Leaving Certificate Examination, 1916
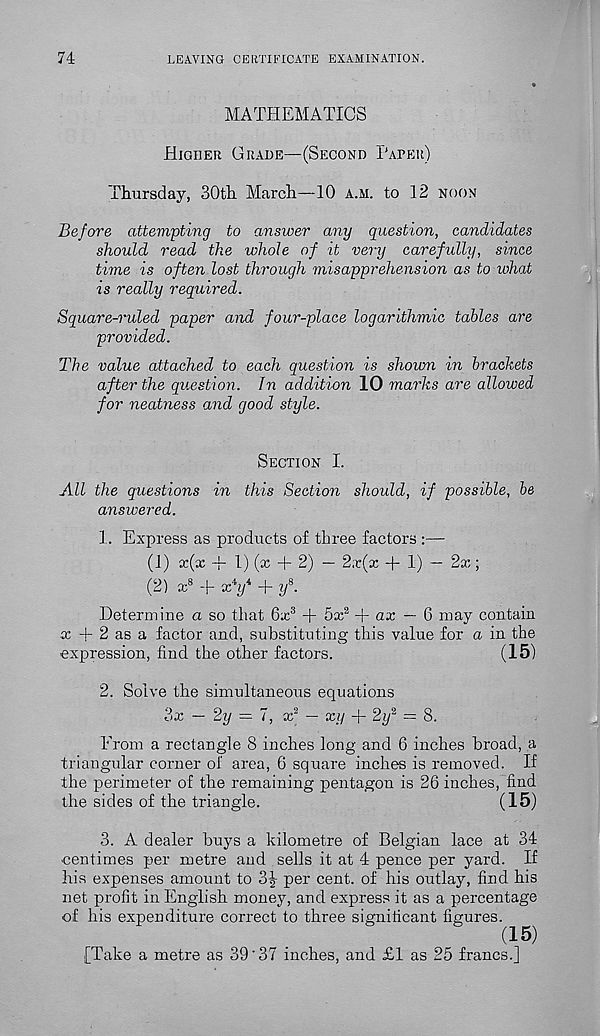
74
LEAVING CERTIFICATE EXAMINATION.
MATHEMATICS
Higher Grade—(Second Taper)
Thursday, SOth. March—10 a.h. to 12 noon
Before attempting to answer any question, candidates
should read the whole of it very carefully, since
time is often lost through misapprehension as to what
is really required.
Square-ruled paper and four-place logarithmic tables are
provided.
The value attached to each question is shoum in brackets
after the question. In addition 10 marks are allowed
for neatness and good style.
Section I.
All the questions in this Section should, if possible, be
answered.
1. Express as products of three factors :—
(1) x(x -f 1) (x + 2) — 2x(x -j- 1) — 2x;
(2) x 8 T
+ y 8 .
Determine a so that 6x 3 + 5x a + ax — 6 may contain
x + 2 as a factor and, substituting this value for a in the
expression, find the other factors.
(15)
2. Solve the simultaneous equations
3x — 2y = 7, x 2 — xy + 2y 2 = 8.
From a rectangle 8 inches long and 6 inches broad, a
triangular corner of area, 6 square inches is removed. If
the perimeter of the remaining pentagon is 26 inches, find
the sides of the triangle.
(15)
3. A dealer buys a kilometre of Belgian lace at 34
centimes per metre and sells it at 4 pence per yard. If
his expenses amount to 3| per cent, of his outlay, find his
net profit in English money, and express it as a percentage
of his expenditure correct to three significant figures.
(15)
.[Take a metre as 39'37 inches, and £1 as 25 francs.]